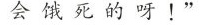
会饿死的呀！”